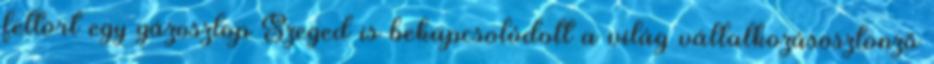
feltört egy gázoszlop Szeged is bekapcsolódott a világ vállalkozásösztönző